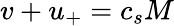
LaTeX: v+u_{+}=c_{s}M